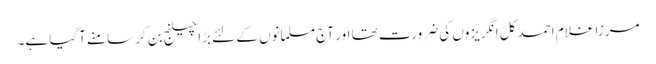
مرزا غلام احمد کل انگریزوں کی ضرورت تھا اور آج مسلمانوں کے لئے بڑا چیلنج بن کر سامنے آگیا ہے۔